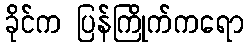
ခိုင်က ပြန်ကြိုက်ကရော